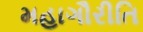
મહાગૌરીતિ